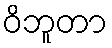
ဝိဘူတာ